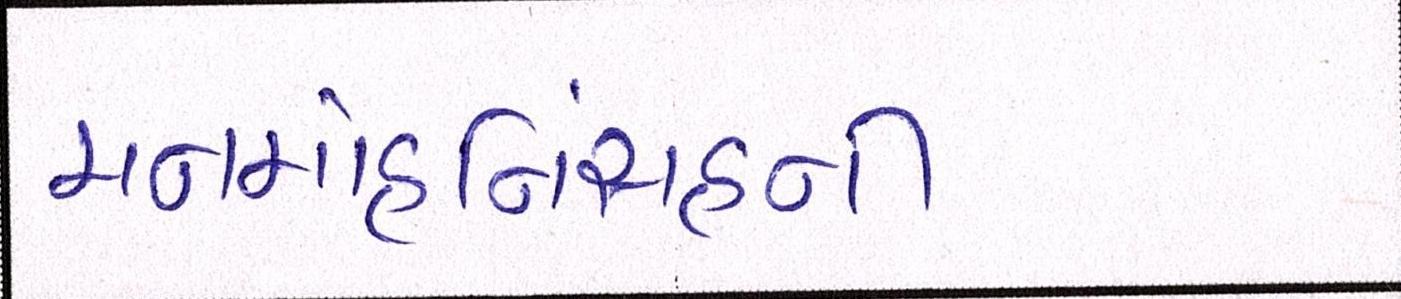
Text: મનમોહનિંસહની